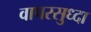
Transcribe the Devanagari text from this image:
वापरसुध्दा